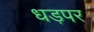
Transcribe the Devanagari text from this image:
धड़पर